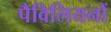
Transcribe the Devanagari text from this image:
पैविलियनों